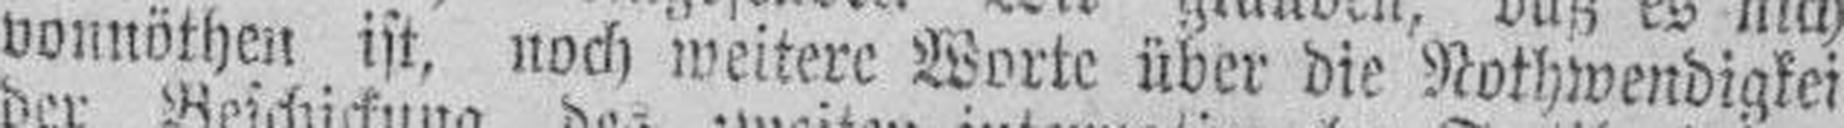
vonnöthen ist, noch weitere Worte über die Nothwendigkeit